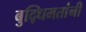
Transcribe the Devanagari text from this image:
बुद्धिमतांनी